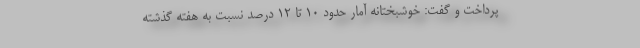
پرداخت و گفت: خوشبختانه آمار حدود ۱۰ تا ۱۲ درصد نسبت به هفته گذشته